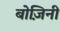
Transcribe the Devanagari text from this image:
बोज़िनी